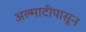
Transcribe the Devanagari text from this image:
अल्माटीपासून